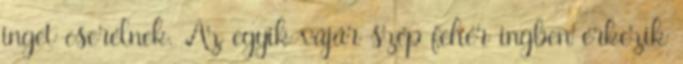
inget cserélnek. Az egyik vájár szép fehér ingben érkezik